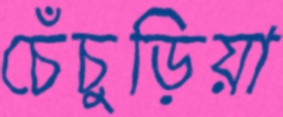
চেঁচুড়িয়া